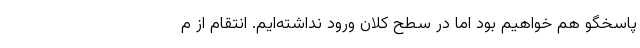
پاسخگو هم خواهیم بود اما در سطح کلان ورود نداشته‌ایم. انتقام از م